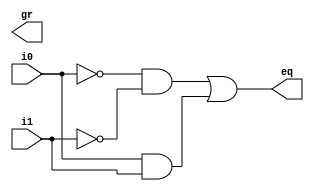
`timescale 1ns / 1ps
//////////////////////////////////////////////////////////////////////////////////
// Company: 
// Engineer: 
// 
// Design Name: 
// Module Name: basis
// Project Name: 
// Target Devices: 
// Tool Versions: 
// Description: 
// 
// Dependencies: 
// 
// Revision:
// Revision 0.01 - File Created
// Additional Comments:
// 
//////////////////////////////////////////////////////////////////////////////////

// Listing 1.1
module basis
   // I/O ports
   (
    input wire i0, i1,
    output wire eq, gr
   );

   // signal declaration
   wire p0, p1;

   // body
   // sum of two product terms
   assign eq = p0 | p1;

   // product terms
   assign p0 = ~i0 & ~i1;
   assign p1 = i0 & i1;

endmodule